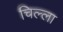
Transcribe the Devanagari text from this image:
चिल्‍ला